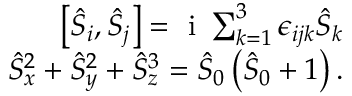
\begin{array} { r } { \left[ \hat { S } _ { i } , \hat { S } _ { j } \right] = \mathrm { ~ i ~ } \sum _ { k = 1 } ^ { 3 } \epsilon _ { i j k } \hat { S } _ { k } } \\ { \hat { S } _ { x } ^ { 2 } + \hat { S } _ { y } ^ { 2 } + \hat { S } _ { z } ^ { 3 } = \hat { S } _ { 0 } \left( \hat { S } _ { 0 } + 1 \right) . } \end{array}